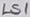
Text: LS1